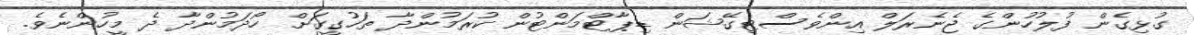
ގުޅިގެން ފުލުހުންގެ ޖެނެރަލް އިންވެސްޓިގޭޝަން ޑިޕާޓްމަންޓުން ކުރަމުންދާ ތަހުގީގަށް ހޯދަމުންދާ ދެ މީހުންނެވެ.